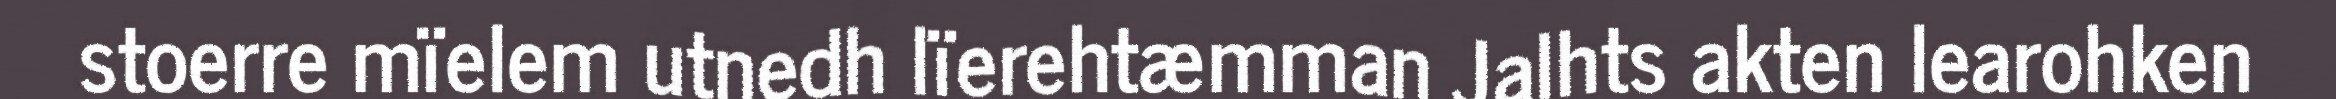
stoerre mïelem utnedh lïerehtæmman Jalhts akten learohken